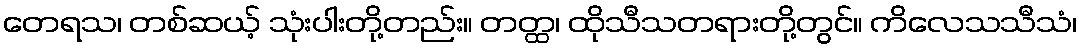
တေရသ၊ တစ်ဆယ့် သုံးပါးတို့တည်း။ တတ္ထ၊ ထိုသီသတရားတို့တွင်။ ကိလေသသီသံ၊